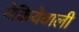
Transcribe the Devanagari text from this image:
मेकियेवाली